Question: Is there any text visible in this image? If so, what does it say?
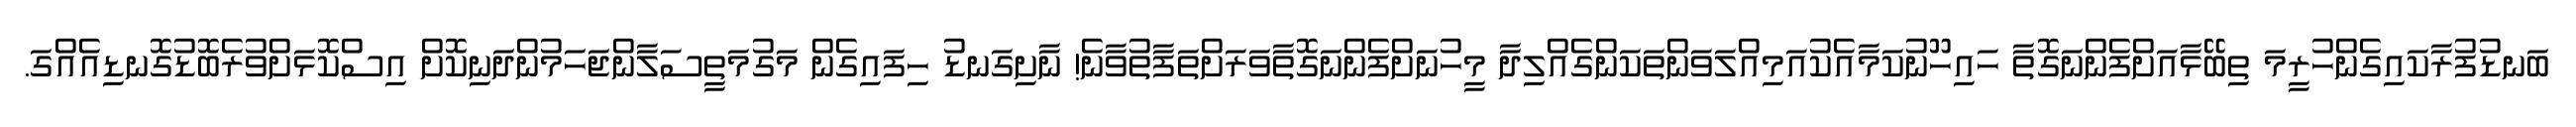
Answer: ބަނޑުފުރާކައިގެންހުރީމަ ތިބޭޅާއަށްފެންނަގޮތާ ހައިހޫނުކަމާއެކުއަމިއްލަވަންތަކަންގެއްލިދާ މީހުނަށްފެންނަގޮތާވަރަށްތަފާތުވާނެ! ނާށިގަނޑު ހިފައިގެން މަގުމަތީސަލާންޖަހަމުންދަނިކޮށް އިސްކޮޅަށްވުރެބޮޑުގޮނޑިއެއްގަ.